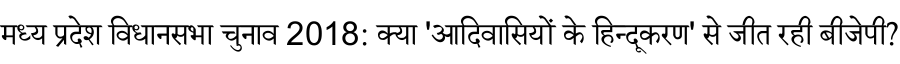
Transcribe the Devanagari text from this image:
मध्य प्रदेश विधानसभा चुनाव 2018: क्या 'आदिवासियों के हिन्दूकरण' से जीत रही बीजेपी?